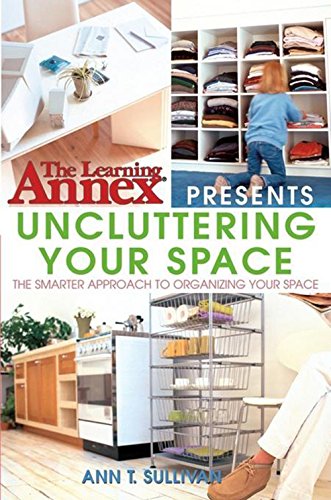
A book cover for The Learning Annex Presents Uncluttering Your Space; The Learning Annex; Crafts, Hobbies & Home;